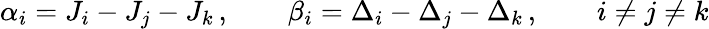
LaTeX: \alpha_{i}=J_{i}-J_{j}-J_{k}\, ,\qquad\beta_{i}=\Delta_{i}-\Delta_{j}-\Delta_{k}\, ,\qquad i\neq j\neq k